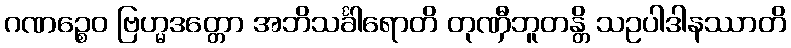
ဂဏဉ္စေဝ ဗြဟ္မဒတ္တော အဘိသင်္ခါရောတိ တုဏှီဘူတန္တိ သဥပါဒါနဿာတိ